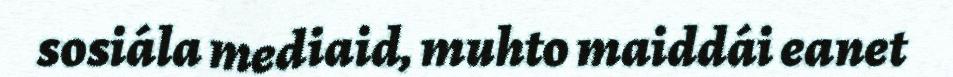
sosiála mediaid, muhto maiddái eanet